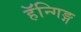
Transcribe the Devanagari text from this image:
हॅन्गिङ्ग